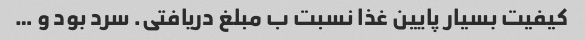
کیفیت بسیار پایین غذا نسبت ب مبلغ دریافتی. سرد بود و …